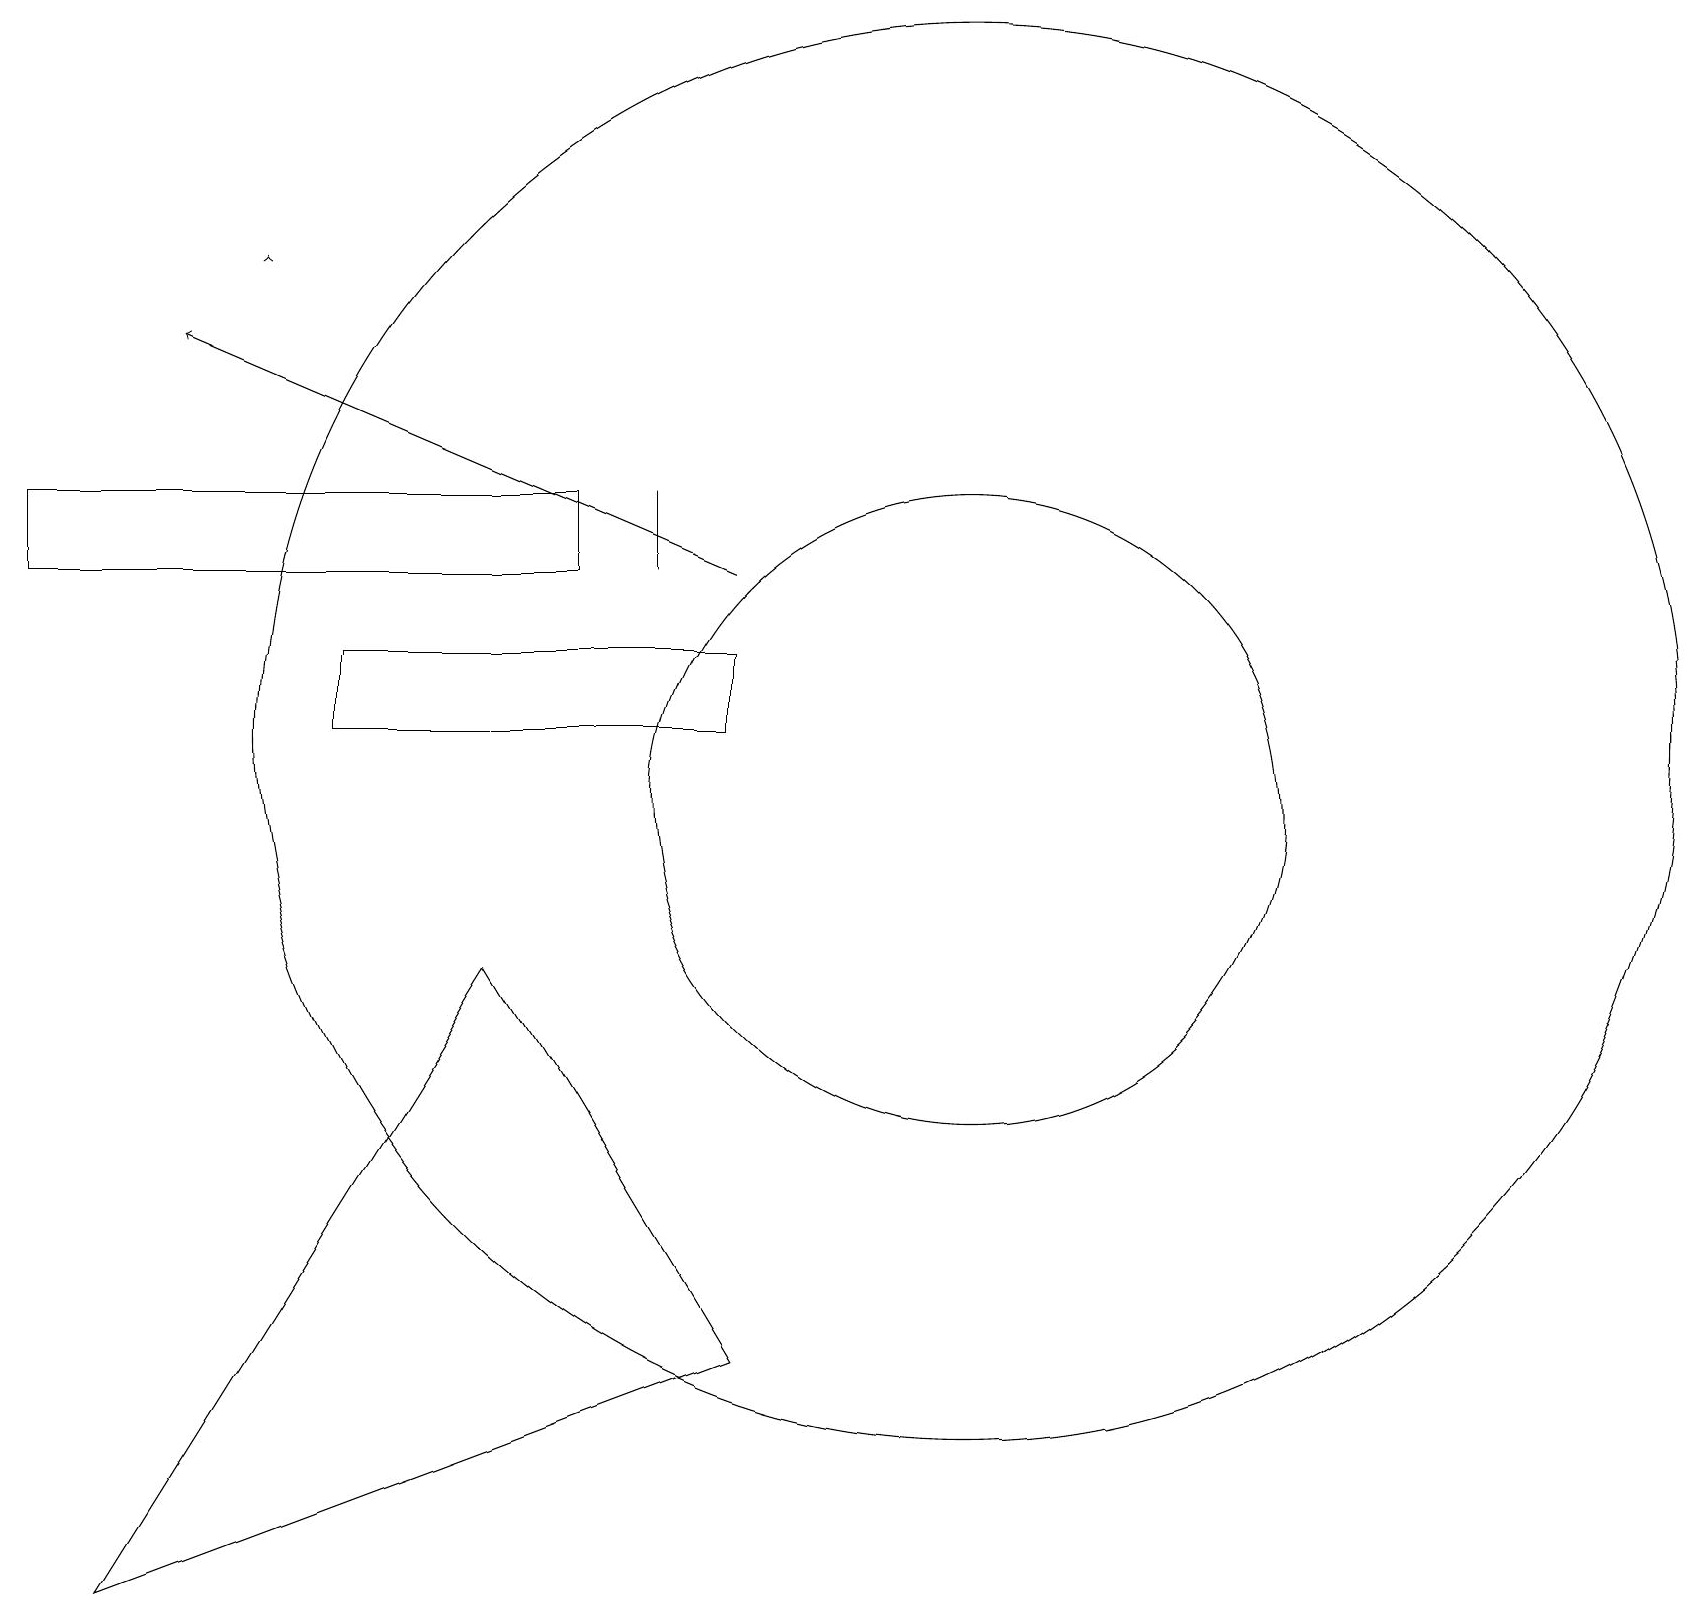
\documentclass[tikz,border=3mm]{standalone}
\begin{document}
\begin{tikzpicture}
\draw (4,13) rectangle (9,12);
\draw (12,12) circle (9);
\draw (1,1) -- (6,9) -- (9,4) -- cycle;
\draw[->] (3,18) -- (3,18);
\draw[->] (9,14) -- (2,17);
\draw (8,15) rectangle (8,14);
\draw (12,11) circle (4);
\draw (0,15) rectangle (7,14);
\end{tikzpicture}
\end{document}